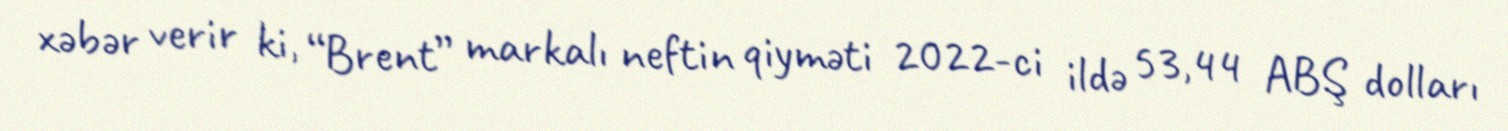
xəbər verir ki, “Brent” markalı neftin qiyməti 2022-ci ildə 53,44 ABŞ dolları